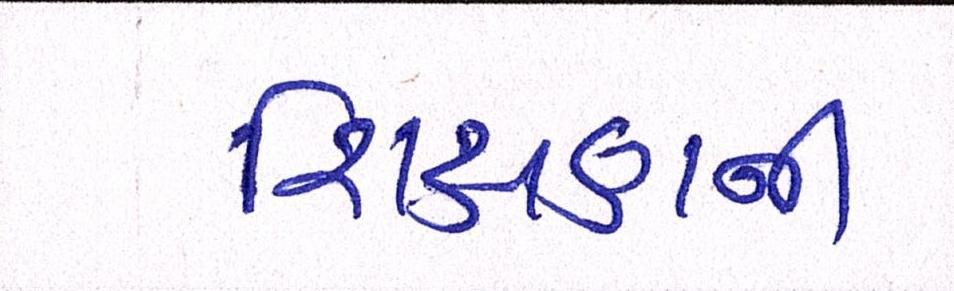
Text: શિક્ષણની